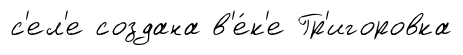
с'ел'е создана в'е́к'е Гр'игоровка